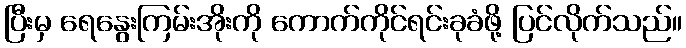
ပြီးမှ ရေနွေးကြမ်းအိုးကို ကောက်ကိုင်ရင်းခုခံဖို့ ပြင်လိုက်သည်။